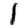
Digit: 1